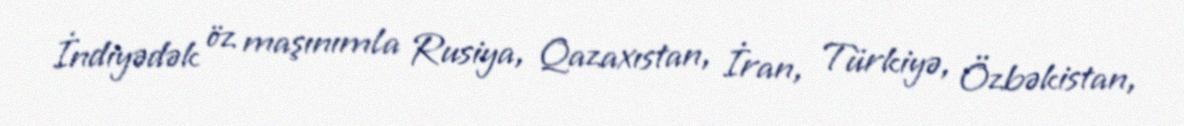
İndiyədək öz maşınımla Rusiya, Qazaxıstan, İran, Türkiyə, Özbəkistan,